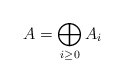
\begin{align*}A=\bigoplus_{i\ge 0}A_i\end{align*}